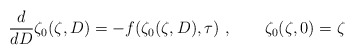
\begin{align*}{d \over d D} \zeta_0(\zeta,D) = -f(\zeta_0(\zeta,D),\tau)\ , \qquad \zeta_0(\zeta,0) = \zeta \end{align*}